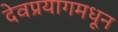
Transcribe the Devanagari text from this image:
देवप्रयागमधून